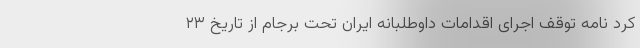
کرد نامه توقف اجرای اقدامات داوطلبانه ایران تحت برجام از تاریخ ۲۳